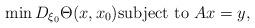
LaTeX: \begin{align*}\min D_{\xi_0} \Theta(x, x_0) \mbox{subject to } A x =y,\end{align*}